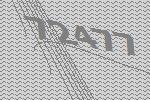
72477